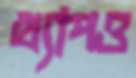
খ্যাপও